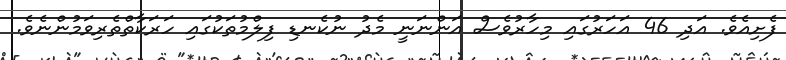
ފެށިއެވެ. އަދި 46 އަހަރުގައި މިހާރުވެސް އަންނަނީ މެދު ނުކެނޑި ފިލްމުތަކުގައި ހަަރަކާތްތެރިވަމުންނެވެ.